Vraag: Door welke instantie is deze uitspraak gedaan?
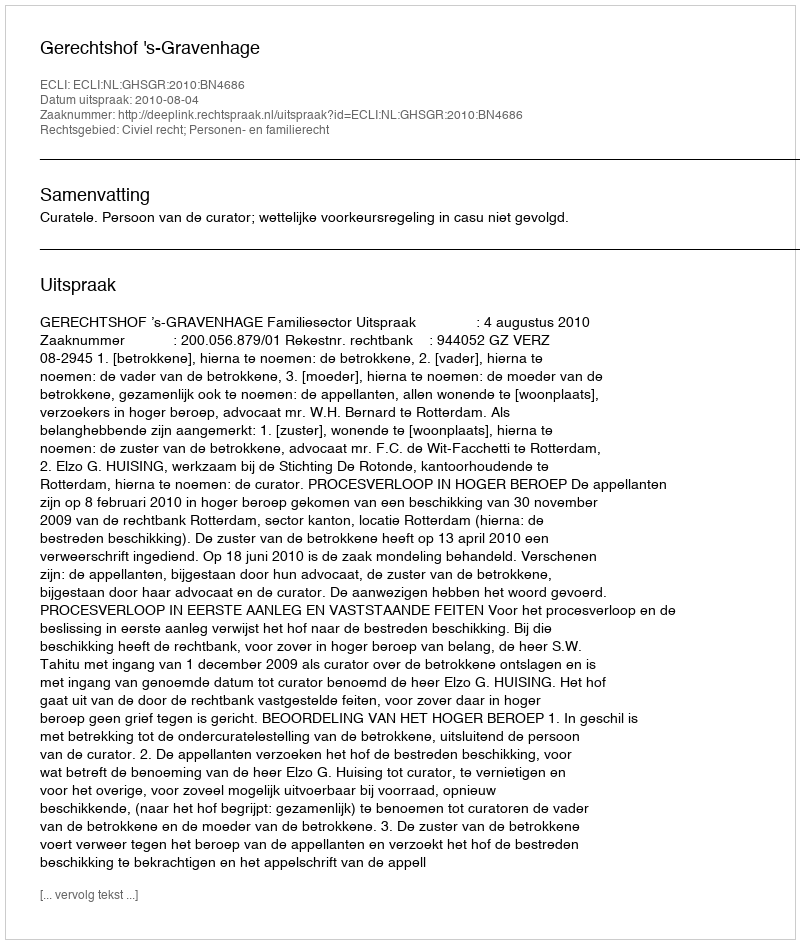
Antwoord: Gerechtshof 's-Gravenhage